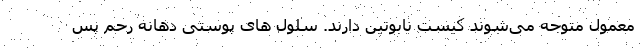
معمول متوجه می‌شوند کیست نابوتین دارند. سلول های پوستی دهانه رحم پس